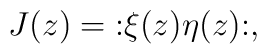
J(z) = \mathopen: \xi(z)\eta(z) \mathclose:,